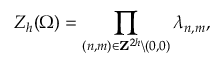
{ \cal Z } _ { h } ( \Omega ) = \prod _ { ( n , m ) \in { \bf Z } ^ { 2 h } \backslash { ( 0 , 0 ) } } \lambda _ { n , m } ,